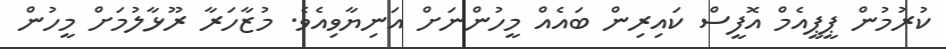
ކުރުމުން ޕީޕީއެމް އޮފީސް ކައިރިން ބައެއް މީހުންނަށް އަނިޔާވިއެވެ. މުޒާހަރާ ރޫޅާލުމަށް މީހުން